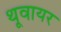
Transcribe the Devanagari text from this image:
थूवायर